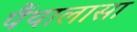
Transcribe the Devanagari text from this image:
पैंथालासा